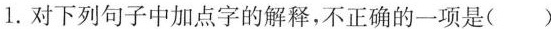
1.对下列句子中加点字的解释，不正确的一项是( )